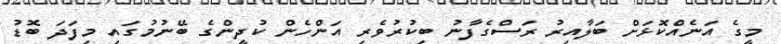
މީގެ އަނެއްކޮޅަށް ބަލާއިރު ރަސްގެފާނު ބިކުރުވެރި އަންހެން ކުދީންގެ ބޭނުމުގައި މިފަދަ ބޮޑު